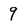
Character: 9